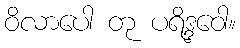
ဝိလာပေါ တု ပရိဒ္ဒဝေါ။